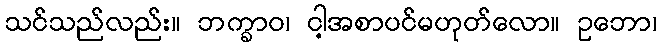
သင်သည်လည်း။ ဘက္ခာဝ၊ ငါ့အစာပင်မဟုတ်လော။ ဥဘော၊